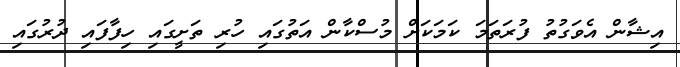
އިޝާން އެވަގުތު ފުރަތަމަ ކަމަކަށް މުސްކާން އަތުގައި ހުރި ތަށީގައި ހިފާފައި ދުރުގައި